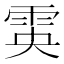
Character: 雵